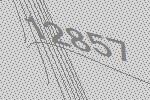
12857